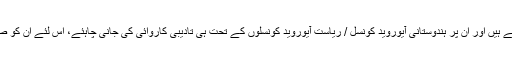
اُن کا ماننا تھا کہ ڈاکٹر آیوروید کونسلوں کے تادیبی قابو میں کام کرتے ہیں اَور اُن پر ہندوستانی آیوروید کونسل / ریاست آیوروید کونسلوں کے تحت ہی تادیبی کاروائی کی جانی چاہئے، اِس لئے اُن کو صارفی تحفظ قانون کے دائرے میں لانے کی کوئی ضرورت نہیں ہے۔